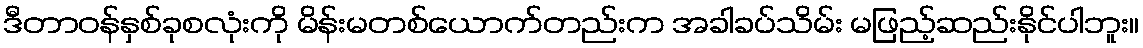
ဒီတာဝန်နှစ်ခုစလုံးကို မိန်းမတစ်ယောက်တည်းက အခါခပ်သိမ်း မဖြည့်ဆည်းနိုင်ပါဘူး။